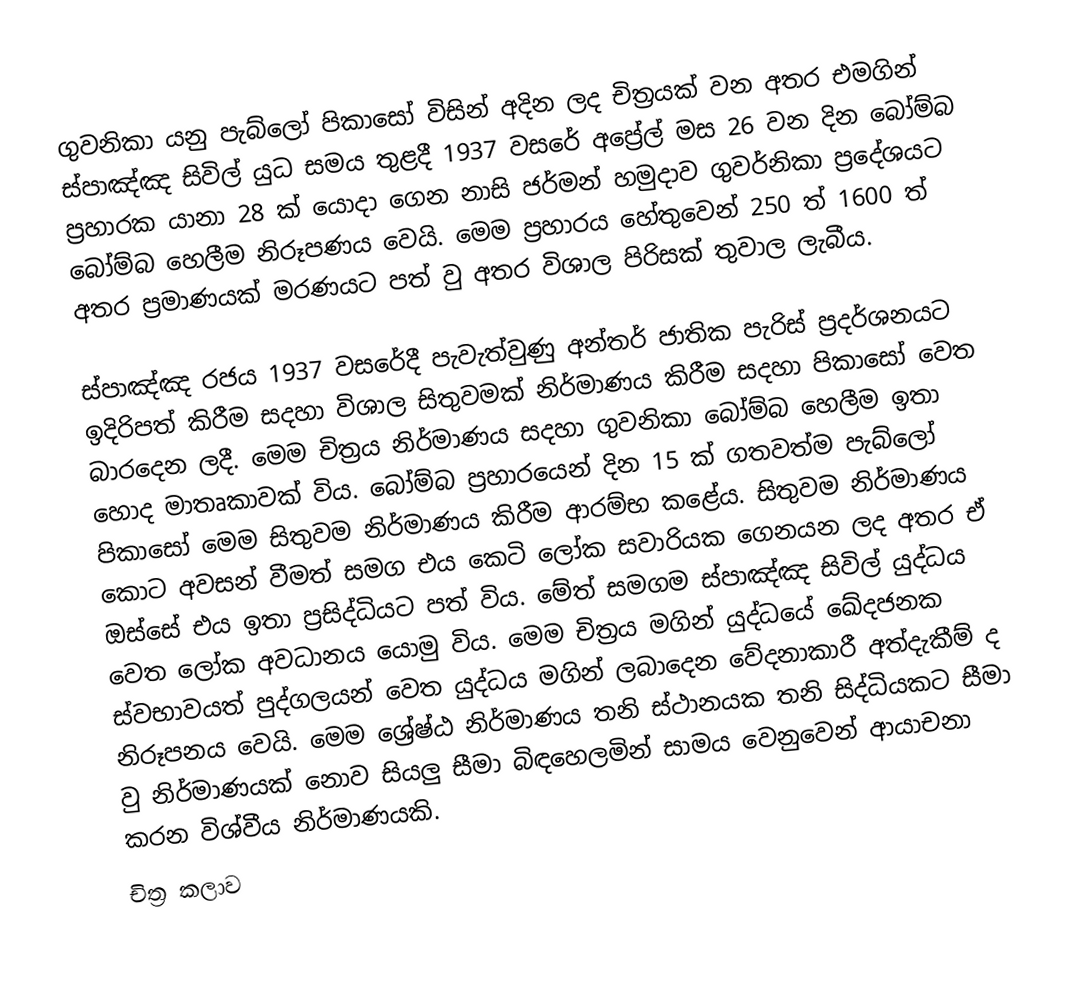
ගුවනිකා යනු පැබ්ලෝ පිකාසෝ විසින් අදින ලද චිත්‍රයක් වන අතර එමගින් ස්පාඤ්ඤ සිවිල් යුධ සමය තුළදී 1937 වසරේ අප්‍රේල් මස 26 වන දින බෝම්බ ප්‍රහාරක යානා 28 ක් යොදා ගෙන නාසි ජර්මන් හමුදාව ගුවර්නිකා ප්‍රදේශයට බෝම්බ හෙලීම නිරූපණය වෙයි. මෙම ප්‍රහාරය හේතුවෙන් 250 ත් 1600 ත් අතර ප්‍රමාණයක් මරණයට පත් වු අතර විශාල පිරිසක් තුවාල ලැබීය.

ස්පාඤ්ඤ රජය 1937 වසරේදී පැවැත්වුණු අන්තර් ජාතික පැරිස් ප්‍රදර්ශනයට ඉදිරිපත් කිරීම සදහා විශාල සිතුවමක් නිර්මාණය කිරීම සදහා පිකාසෝ වෙත බාරදෙන ලදී. මෙම චිත්‍රය නිර්මාණය සදහා ගුවනිකා බෝම්බ හෙලීම ඉතා හොද මාතෘකාවක් විය. බෝම්බ ප්‍රහාරයෙන් දින 15 ක් ගතවත්ම පැබ්ලෝ පිකාසෝ මෙම සිතුවම නිර්මාණය කිරීම ආරම්භ කළේය. සිතුවම නිර්මාණය කොට අවසන් වීමත් සමග එය කෙටි ලෝක සවාරියක ගෙනයන ලද අතර ඒ ඔස්සේ එය ඉතා ප්‍රසිද්ධියට පත් විය. මේත් සමගම ස්පාඤ්ඤ සිවිල් යුද්ධය වෙත ‍ලෝක අවධානය යොමු විය. මෙම චිත්‍රය මගින් යුද්ධයේ ඛේදජනක ස්වභාවයත් පුද්ගලයන් වෙත යුද්ධය මගින් ලබාදෙන වේදනාකාරී අත්දැකීම් ද නිරූපනය වෙයි. මෙම ශ්‍රේෂ්ඨ නිර්මාණය තනි ස්ථානයක තනි සිද්ධියකට සීමා වු නිර්මාණයක් නොව සියලු සීමා බිඳහෙලමින් සාමය වෙනුවෙන් ආයාචනා කරන විශ්වීය නිර්මාණයකි.
චිත්‍ර කලාව